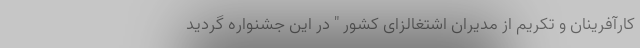
کارآفرینان و تکریم از مدیران اشتغالزای کشور " در این جشنواره گردید